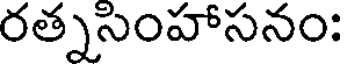
రత్నసింహాసనం: